Scottish Leaving Certificate Examination, 1958
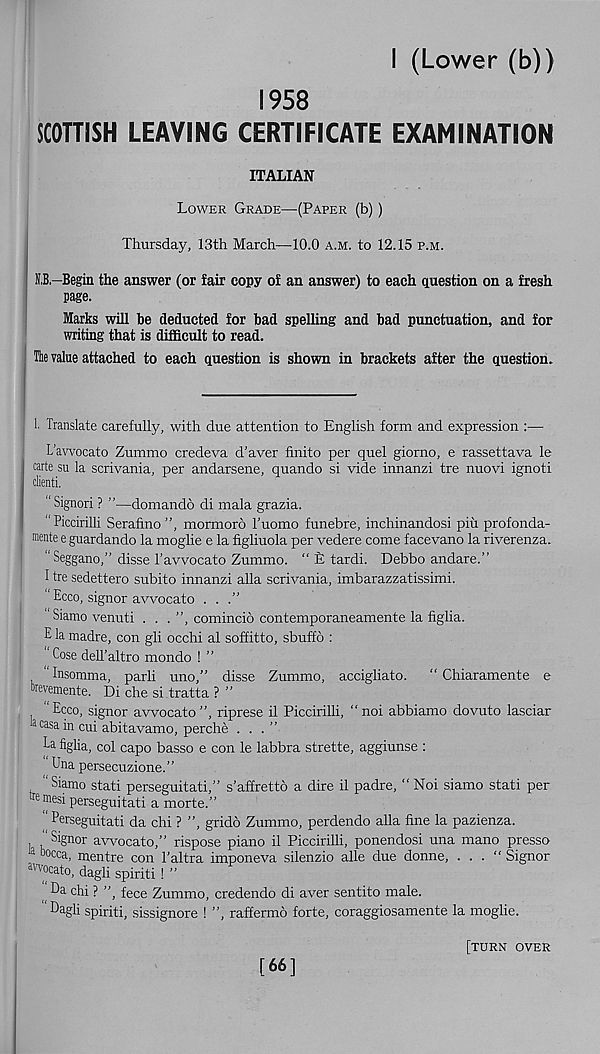
I (Lower (b))
1958
SCOTTISH LEAVING CERTIFICATE EXAMINATION
ITALIAN
Lower Grade—(Paper (b) )
Thursday, 13th March—10.0 a.m. to 12.15 p.m.
N.B.—Begin the answer (or fair copy of an answer) to each question on a fresh
page.
Marks will be deducted for bad spelling and bad punctuation, and for
writing that is difficult to read.
The value attached to each question is shown in brackets after the question.
!• Translate carefully, with due attention to English form and expression :—
L’awocato Zummo credeva d'aver finite per quel giorno, e rassettava le
carte su la scrivania, per andarsene, quando si vide innanzi tre nuovi ignoti
clienti.
“Signori ? ”—domando di mala grazia.
“ Piccirilli Serafino ”, momxoro I’uomo funebre, inchinandosi piu profonda-
raente e guardando la moglie e la figliuola per vedere come facevano la riverenza.
“ Seggano,” disse I’avvocato Zummo. “ £ tardi. Debbo andare.”
I tre sedettero subito innanzi alia scrivania, imbarazzatissimi.
Ecco, signor avvocato . . .”
Siamo venuti . . . ”, comincio contemporaneamente la figlia.
E la madre, con gli occhi al soffitto, sbuffo :
Cose dell’altro mondo ! ”
“Insomma, parli uno,” disse Zummo, accigliato. “ Chiaramente e
wevemente. Di che si lratta ? ”
“Ecco, signor avvocato”, riprese il Piccirilli, “noi abbiamo dovuto lasciar
a casa in cui abitavamo, perche ...”
La. figlia, col capo basso e con le labbra strette, aggiunse :
Una persecuzione.”
‘ Siamo stati perseguitati,” s’affretto a dire il padre, “ Noi siamo stati per
tre mesi perseguitati a morte.”
Perseguitati da chi ? ”, gridb Zummo, perdendo alia fine la pazienza.
, Signor avvocato,” rispose piano il Piccirilli, ponendosi una mano press©
a oocca, mentre con 1'altra imponeva silenzio alle due donne, . . . “Signor
av vocato, dagli spirit! ! ”
Da chi ? ” i fece Zummo, credendo di aver sentito male.
Dagli spiriti, sissignore ! ”, raffermo forte, coraggiosamente la moglie.
[66]
[turn over